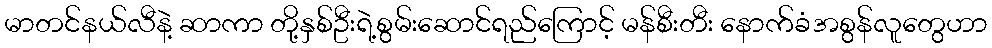
မာတင်နယ်လီနဲ့ ဆာကာ တို့နှစ်ဦးရဲ့စွမ်းဆောင်ရည်ကြောင့် မန်စီးတီး နောက်ခံအစွန်လူတွေဟာ